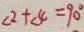
\angle 2 + \angle 4 = 9 0 ^ { \circ }